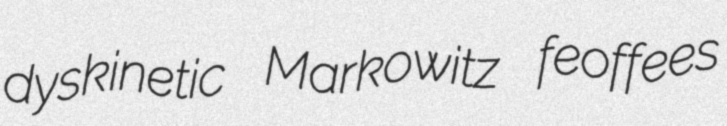
dyskinetic Markowitz feoffees